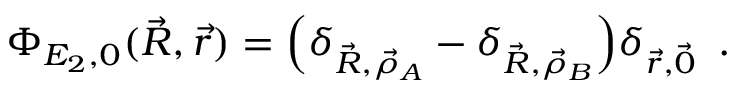
\Phi _ { E _ { 2 } , 0 } ( \vec { R } , \vec { r } ) = \Big ( \delta _ { \vec { R } , \vec { \rho } _ { A } } - \delta _ { \vec { R } , \vec { \rho } _ { B } } \Big ) \delta _ { \vec { r } , \vec { 0 } } \, \mathrm { ~ . ~ }